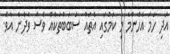
އަދި ހަމަ އެހެންމެ މި ކަމުގައި އެތައް ސަބަބުތަކެއް ވެސް ވެދާނެ އެވެ.